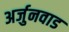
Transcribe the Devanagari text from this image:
अर्जुनवाड